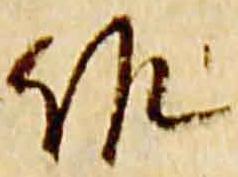
仰